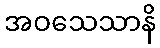
အဝသေသာနိ